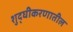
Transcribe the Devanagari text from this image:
शुद्घीकरणातील